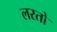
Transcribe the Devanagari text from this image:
लरतो